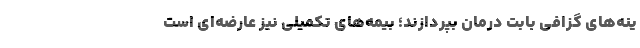
ینه‌های گزافی بابت درمان بپردازند؛ بیمه‌های تکمیلی نیز عارضه‌ای است